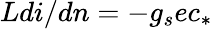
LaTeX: Ldi/dn=-g_{s}ec_{*}